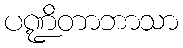
ပဏ္ဍိတာဘာသာ